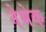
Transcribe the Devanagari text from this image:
नेमेक